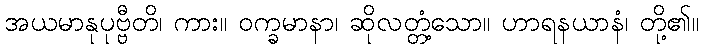
အယမာနုပုဗ္ဗီတိ၊ ကား။ ဝက္ခမာနာ၊ ဆိုလတ္တံ့သော။ ဟာရနယာနံ၊ တို့၏။